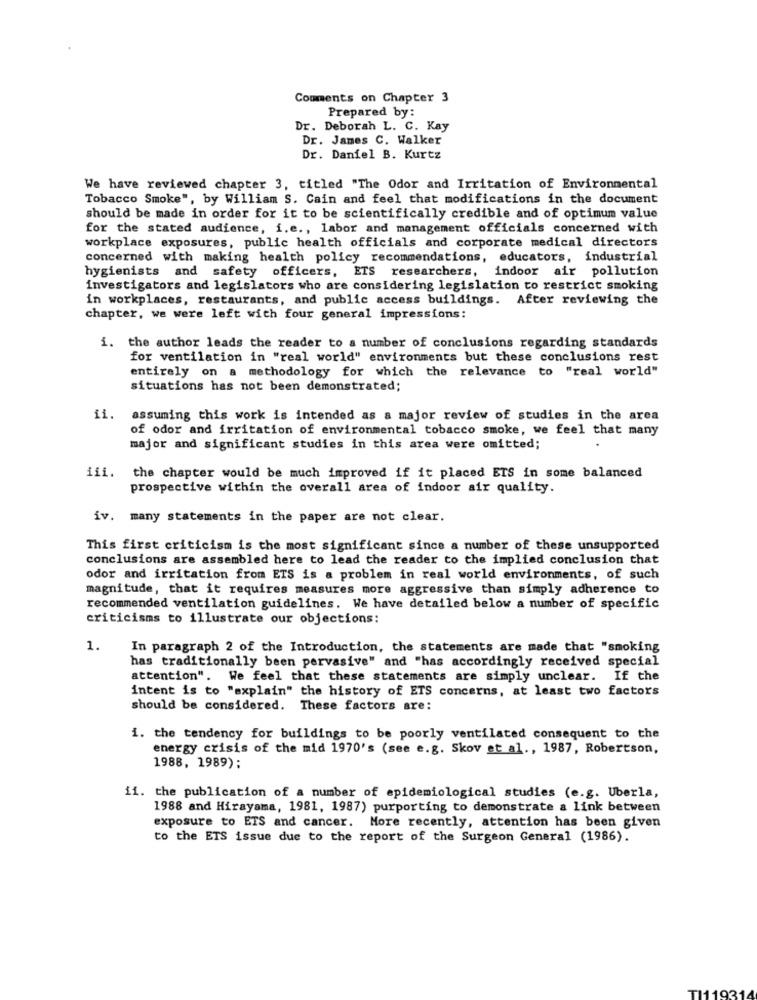
Comments on Chapter 3
Prepared by:
Dr. Deborah L. C. Kay
Dr. James C. Walker
Dr. Daniel B. Kurtz
We have reviewed chapter 3, titled "The Odor and Irritation of Environmental
Tobacco Smoke", by William S. Cain and feel that modifications in the document
should be made in order for it to be scientifically credible and of optimum value
for the stated audience, i. e ., labor and management officials concerned with
workplace exposures, public health officials and corporate medical directors
concerned with making health policy recommendations, educators, industrial
hygienists and safety officers, ETS researchers, indoor air pollution
investigators and legislators who are considering legislation to restrict smoking
in workplaces, restaurants, and public access buildings. After reviewing the
chapter, we were left with four general impressions:
i. the author leads the reader to a number of conclusions regarding standards
for ventilation in "real world" environments but these conclusions rest
entirely on a methodology for which the relevance to "real world"
situations has not been demonstrated;
ii.
assuming this work is intended as a major review of studies in the area
of odor and irritation of environmental tobacco smoke, we feel that many
major and significant studies in this area were omitted;
iii. the chapter would be much improved if it placed ETS in some balanced
prospective within the overall area of indoor air quality.
iv. many statements in the paper are not clear.
This first criticism is the most significant since a number of these unsupported
conclusions are assembled here to lead the reader to the implied conclusion that
odor and irritation from ETS is a problem in real world environments, of such
magnitude, that it requires measures more aggressive than simply adherence to
recommended ventilation guidelines. We have detailed below a number of specific
criticisms to illustrate our objections:
1.
In paragraph 2 of the Introduction, the statements are made that "smoking
has traditionally been pervasive" and "has accordingly received special
attention". We feel that these statements are simply unclear. If the
intent is to "explain" the history of ETS concerns, at least two factors
should be considered. These factors are:
1. the tendency for buildings to be poorly ventilated consequent to the
energy crisis of the mid 1970's (see e.g. Skov et al ., 1987, Robertson,
1988, 1989);
11. the publication of a number of epidemiological studies (e.g. Uberla,
1988 and Hirayama, 1981, 1987) purporting to demonstrate a link between
exposure to ETS and cancer. More recently, attention has been given
to the ETS issue due to the report of the Surgeon General (1986).